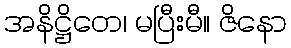
အနိဋ္ဌိတေ၊ မပြီးမီ။ ဇိနော